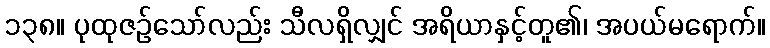
၁၃၈။ ပုထုဇဉ်သော်လည်း သီလရှိလျှင် အရိယာနှင့်တူ၏၊ အပယ်မရောက်။